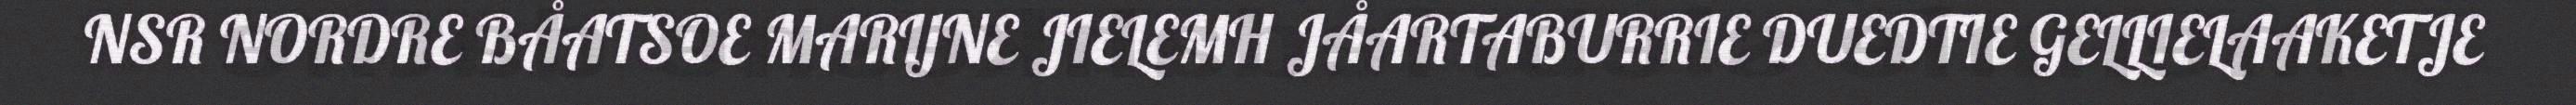
NSR NORDRE BÅATSOE MARIJNE JIELEMH JÅARTABURRIE DUEDTIE GELLIELAAKETJE